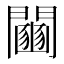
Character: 𨷒